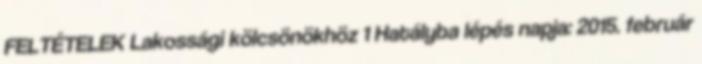
FELTÉTELEK Lakossági kölcsönökhöz 1 Hatályba lépés napja: 2015. február